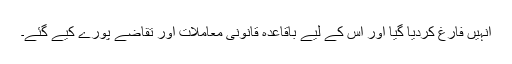
انہیں فارغ کردیا گیا اور اس کے لیے باقاعدہ قانونی معاملات اور تقاضے پورے کیے گئے۔